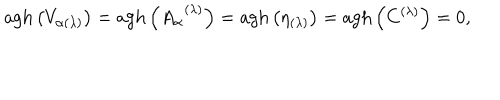
\mathrm { a g h } \left( V _ { \alpha ( \lambda ) } \right) = \mathrm { a g h } \left( A _ { \alpha } ^ { \; \; ( \lambda ) } \right) = \mathrm { a g h } \left( \eta _ { ( \lambda ) } \right) = \mathrm { a g h } \left( C ^ { ( \lambda ) } \right) = 0 ,